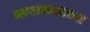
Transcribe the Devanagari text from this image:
मायाजालाच्या